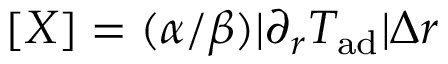
[ X ] = ( \alpha / \beta ) | \partial _ { r } T _ { \mathrm { a d } } | \Delta r